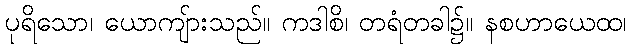
ပုရိသော၊ ယောကျ်ားသည်။ ကဒါစိ၊ တရံတခါ၌။ နစဟာယေထ၊